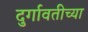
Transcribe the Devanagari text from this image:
दुर्गावतीच्या